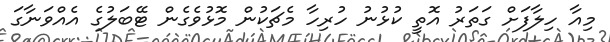
މިއާ ހިލާފަށް ގަތަރު އޮތީ ކުޅުނު ހުރިހާ މެޗަކުން މޮޅުވެގެން ޓޭބަލުގެ އެއްވަނާގަ